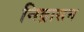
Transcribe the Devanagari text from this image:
निद्रासन